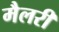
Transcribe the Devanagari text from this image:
मैलरी